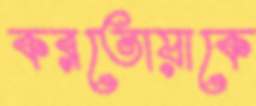
করতোয়াকে